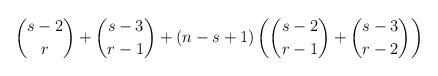
LaTeX: \begin{align*}\binom{s-2}{r} + \binom{s-3}{r-1} + (n - s +1) \left( \binom{s-2}{r-1} + \binom{s-3}{r-2} \right)\end{align*}